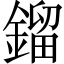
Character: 鎦